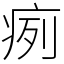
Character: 㾐